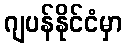
ဂျပန်နိုင်ငံမှာ